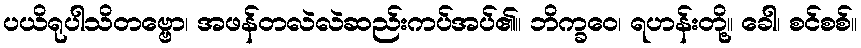
ပယိရုပါသိတဗ္ဗော၊ အဖန်တလဲလဲဆည်းကပ်အပ်၏။ ဘိက္ခဝေ၊ ရဟန်းတို့။ ခေါ၊ စင်စစ်။